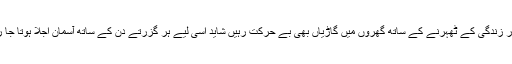
کاروبارِ زندگی کے ٹھہرنے کے ساتھ گھروں میں گاڑیاں بھی بے حرکت رہیں شاید اسی لیے ہر گزرتے دن کے ساتھ آسمان اجلا ہوتا جا رہا تھا۔